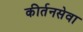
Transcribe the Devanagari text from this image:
कीर्तनसेवा